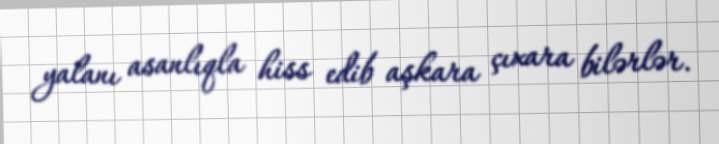
yalanı asanlıqla hiss edib aşkara çıxara bilərlər.